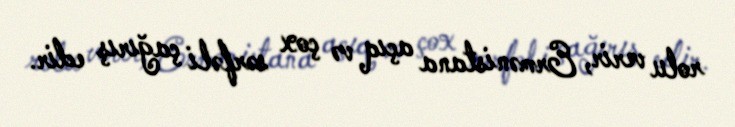
rolu verir, Ermənistana açıq və çox sərfəli çağırış edir.